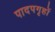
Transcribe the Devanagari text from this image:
पादपगृहों